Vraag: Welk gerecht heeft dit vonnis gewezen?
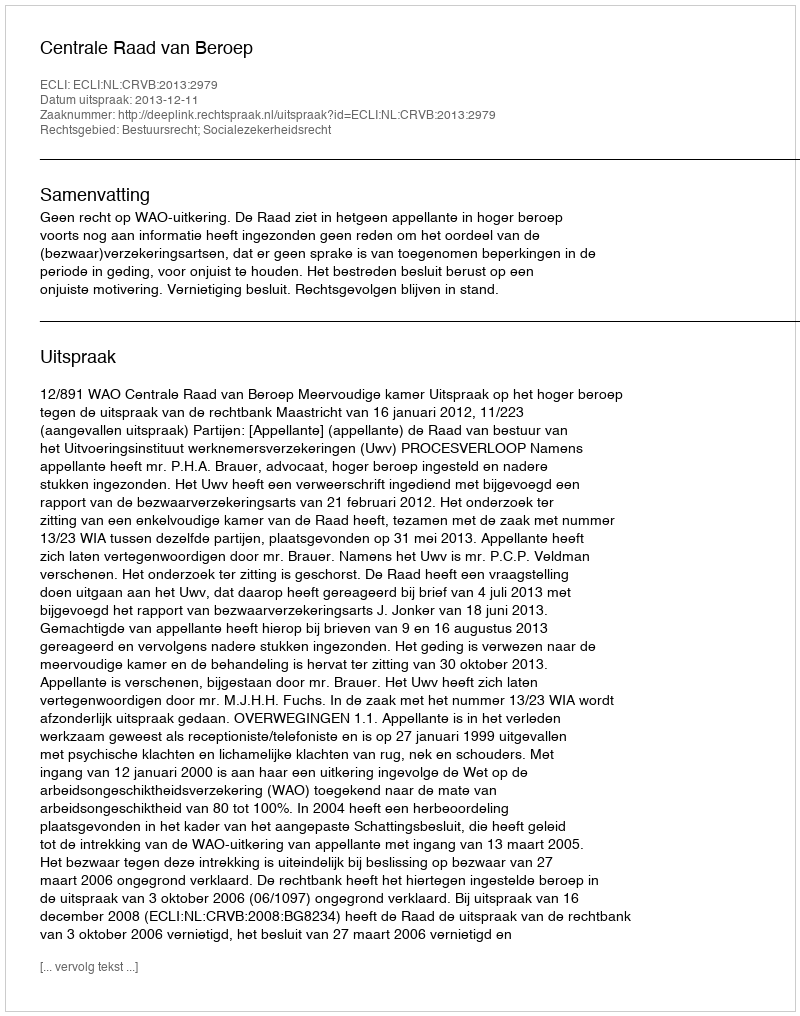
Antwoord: Centrale Raad van Beroep